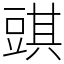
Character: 𧯯